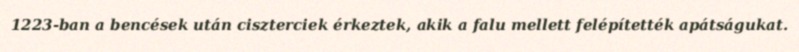
1223-ban a bencések után ciszterciek érkeztek, akik a falu mellett felépítették apátságukat.